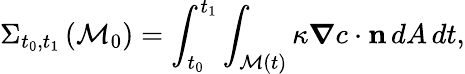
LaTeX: \Sigma_{t_{0},t_{1}}\left(\mathcal{M}_{0}\right)=\int_{t_{0}}^{t_{1}}\int_{\mathcal{M}(t)}\kappa\mathbf{\boldsymbol{\nabla}}c\cdot\mathbf{n}\, dA\, dt,